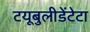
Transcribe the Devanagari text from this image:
टयूबुलीडेंटेटा